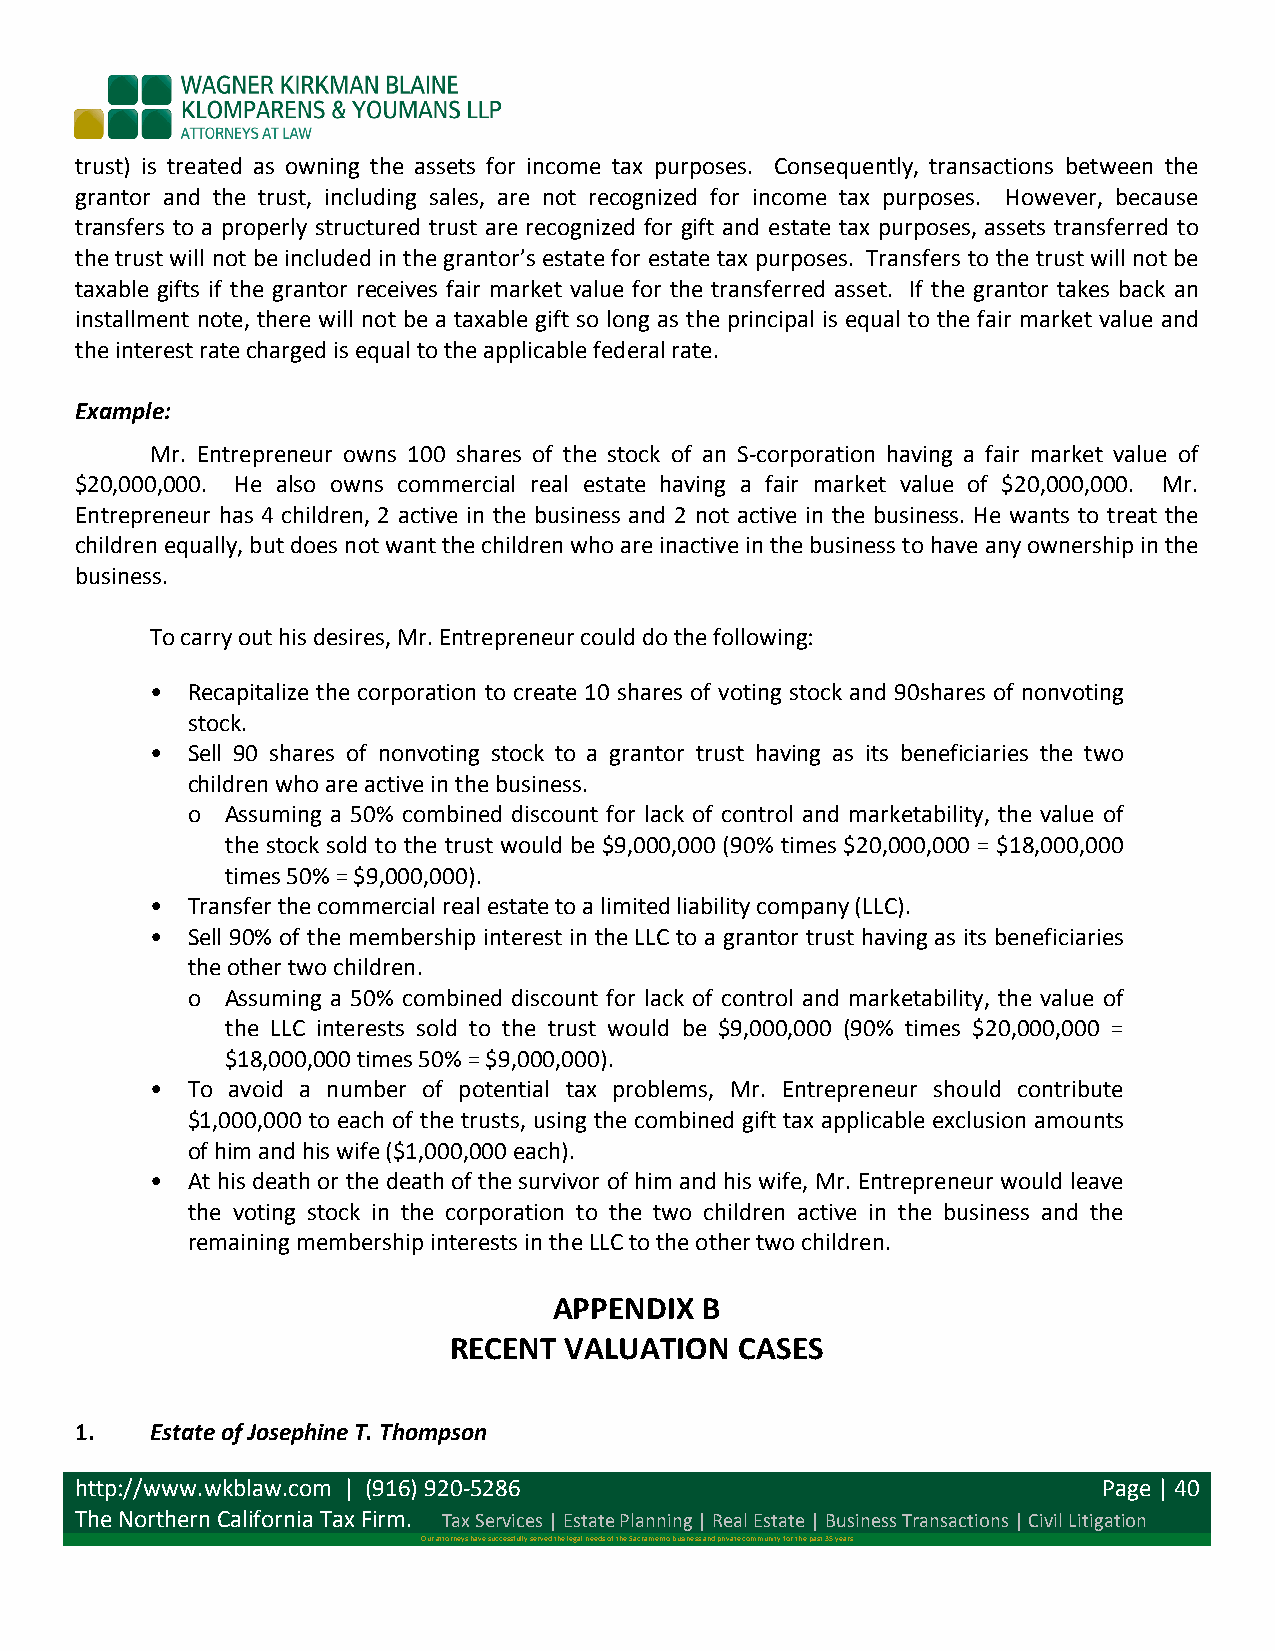
trust) is treated as owning the assets for income tax purposes. Consequently, transactions between the
 grantor and the trust, including sales, are not recognized for income tax purposes. However, because
 transfers to a properly structured trust are recognized for gift and estate tax purposes, assets transferred to
 the trust will not be included in the grantor’s estate for estate tax purposes. Transfers to the trust will not be
 taxable gifts if the grantor receives fair market value for the transferred asset. If the grantor takes back an
 installment note, there will not be a taxable gift so long as the principal is equal to the fair market value and
 the interest rate charged is equal to the applicable federal rate.
 Example:
 Mr. Entrepreneur owns 100 shares of the stock of an S-­‐corporation having a fair market value of
 $20,000,000. He also owns commercial real estate having a fair market value of $20,000,000. Mr.
 Entrepreneur has 4 children, 2 active in the business and 2 not active in the business. He wants to treat the
 children equally, but does not want the children who are inactive in the business to have any ownership in the
 business.
 To carry out his desires, Mr. Entrepreneur could do the following:
 • Recapitalize the corporation to create 10 shares of voting stock and 90shares of nonvoting
 stock.
 • Sell 90 shares of nonvoting stock to a grantor trust having as its beneficiaries the two
 children who are active in the business.
 o  Assuming a 50% combined discount for lack of control and marketability, the value of
 the stock sold to the trust would be $9,000,000 (90% times $20,000,000 = $18,000,000
 times 50% = $9,000,000).
 • Transfer the commercial real estate to a limited liability company (LLC).
 • Sell 90% of the membership interest in the LLC to a grantor trust having as its beneficiaries
 the other two children.
 o  Assuming a 50% combined discount for lack of control and marketability, the value of
 the LLC interests sold to the trust would be $9,000,000 (90% times $20,000,000 =
 $18,000,000 times 50% = $9,000,000).
 • To avoid a number of potential tax problems, Mr. Entrepreneur should contribute
 $1,000,000 to each of the trusts, using the combined gift tax applicable exclusion amounts
 of him and his wife ($1,000,000 each).
 • At his death or the death of the survivor of him and his wife, Mr. Entrepreneur would leave
 the voting stock in the corporation to the two children active in the business and the
 remaining membership interests in the LLC to the other two children.
 APPENDIX  B
 RECENT VALUATION   CASES
 1.   Estate of Josephine T. Thompson
 http://www.wkblaw.com | (916) 920-­‐5286                            Page | 40
 The Northern California Tax Firm. Tax Services | Estate Planning | Real Estate | Business Transactions | Civil Litigation
 Our attorneys have successfully served the legal needs of the Sacramento business and private community for the past 35 years